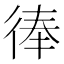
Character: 𢔓